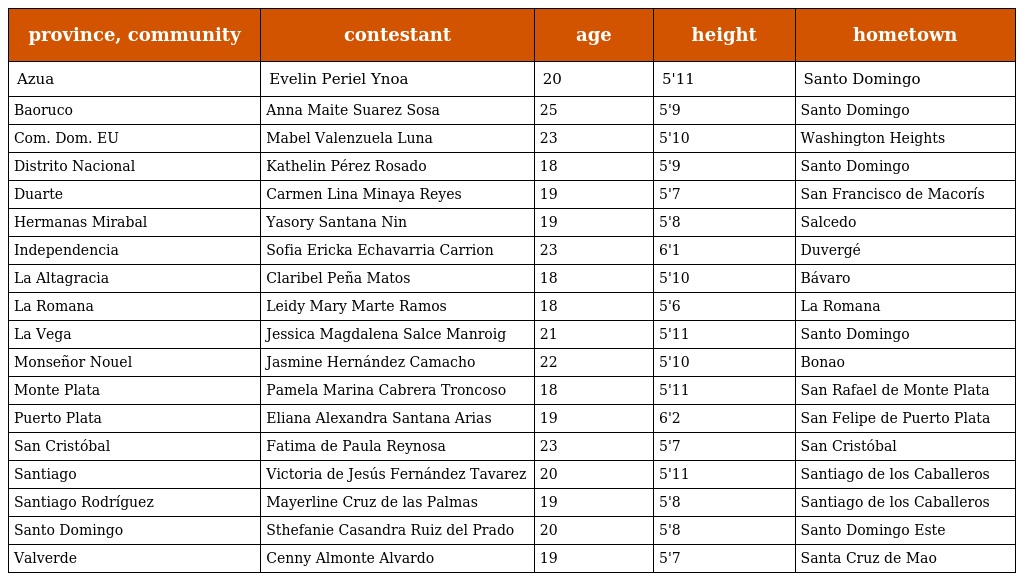
| province, community | contestant | age | height | hometown |
 | --- | --- | --- | --- | --- |
 | Azua | Evelin Periel Ynoa | 20 | 5'11 | Santo Domingo |
 | Baoruco | Anna Maite Suarez Sosa | 25 | 5'9 | Santo Domingo |
 | Com. Dom. EU | Mabel Valenzuela Luna | 23 | 5'10 | Washington Heights |
 | Distrito Nacional | Kathelin Pérez Rosado | 18 | 5'9 | Santo Domingo |
 | Duarte | Carmen Lina Minaya Reyes | 19 | 5'7 | San Francisco de Macorís |
 | Hermanas Mirabal | Yasory Santana Nin | 19 | 5'8 | Salcedo |
 | Independencia | Sofia Ericka Echavarria Carrion | 23 | 6'1 | Duvergé |
 | La Altagracia | Claribel Peña Matos | 18 | 5'10 | Bávaro |
 | La Romana | Leidy Mary Marte Ramos | 18 | 5'6 | La Romana |
 | La Vega | Jessica Magdalena Salce Manroig | 21 | 5'11 | Santo Domingo |
 | Monseñor Nouel | Jasmine Hernández Camacho | 22 | 5'10 | Bonao |
 | Monte Plata | Pamela Marina Cabrera Troncoso | 18 | 5'11 | San Rafael de Monte Plata |
 | Puerto Plata | Eliana Alexandra Santana Arias | 19 | 6'2 | San Felipe de Puerto Plata |
 | San Cristóbal | Fatima de Paula Reynosa | 23 | 5'7 | San Cristóbal |
 | Santiago | Victoria de Jesús Fernández Tavarez | 20 | 5'11 | Santiago de los Caballeros |
 | Santiago Rodríguez | Mayerline Cruz de las Palmas | 19 | 5'8 | Santiago de los Caballeros |
 | Santo Domingo | Sthefanie Casandra Ruiz del Prado | 20 | 5'8 | Santo Domingo Este |
 | Valverde | Cenny Almonte Alvardo | 19 | 5'7 | Santa Cruz de Mao |